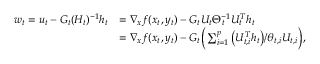
\begin{array} { r l } { w _ { t } = u _ { t } - G _ { t } ( H _ { t } ) ^ { - 1 } h _ { t } } & { = \nabla _ { x } f ( x _ { t } , y _ { t } ) - G _ { t } U _ { t } \Theta _ { t } ^ { - 1 } U _ { t } ^ { T } h _ { t } } \\ & { = \nabla _ { x } f ( x _ { t } , y _ { t } ) - G _ { t } \Big ( \sum _ { i = 1 } ^ { p } \big ( U _ { t , i } ^ { T } h _ { t } \big ) / \theta _ { t , i } U _ { t , i } \Big ) , } \end{array}